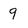
Character: 9